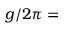
g / 2 \pi =